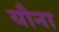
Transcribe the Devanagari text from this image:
यौना